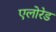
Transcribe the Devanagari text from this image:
एलोरेड